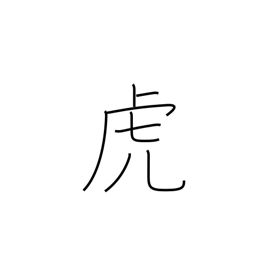
Meaning: drunkard